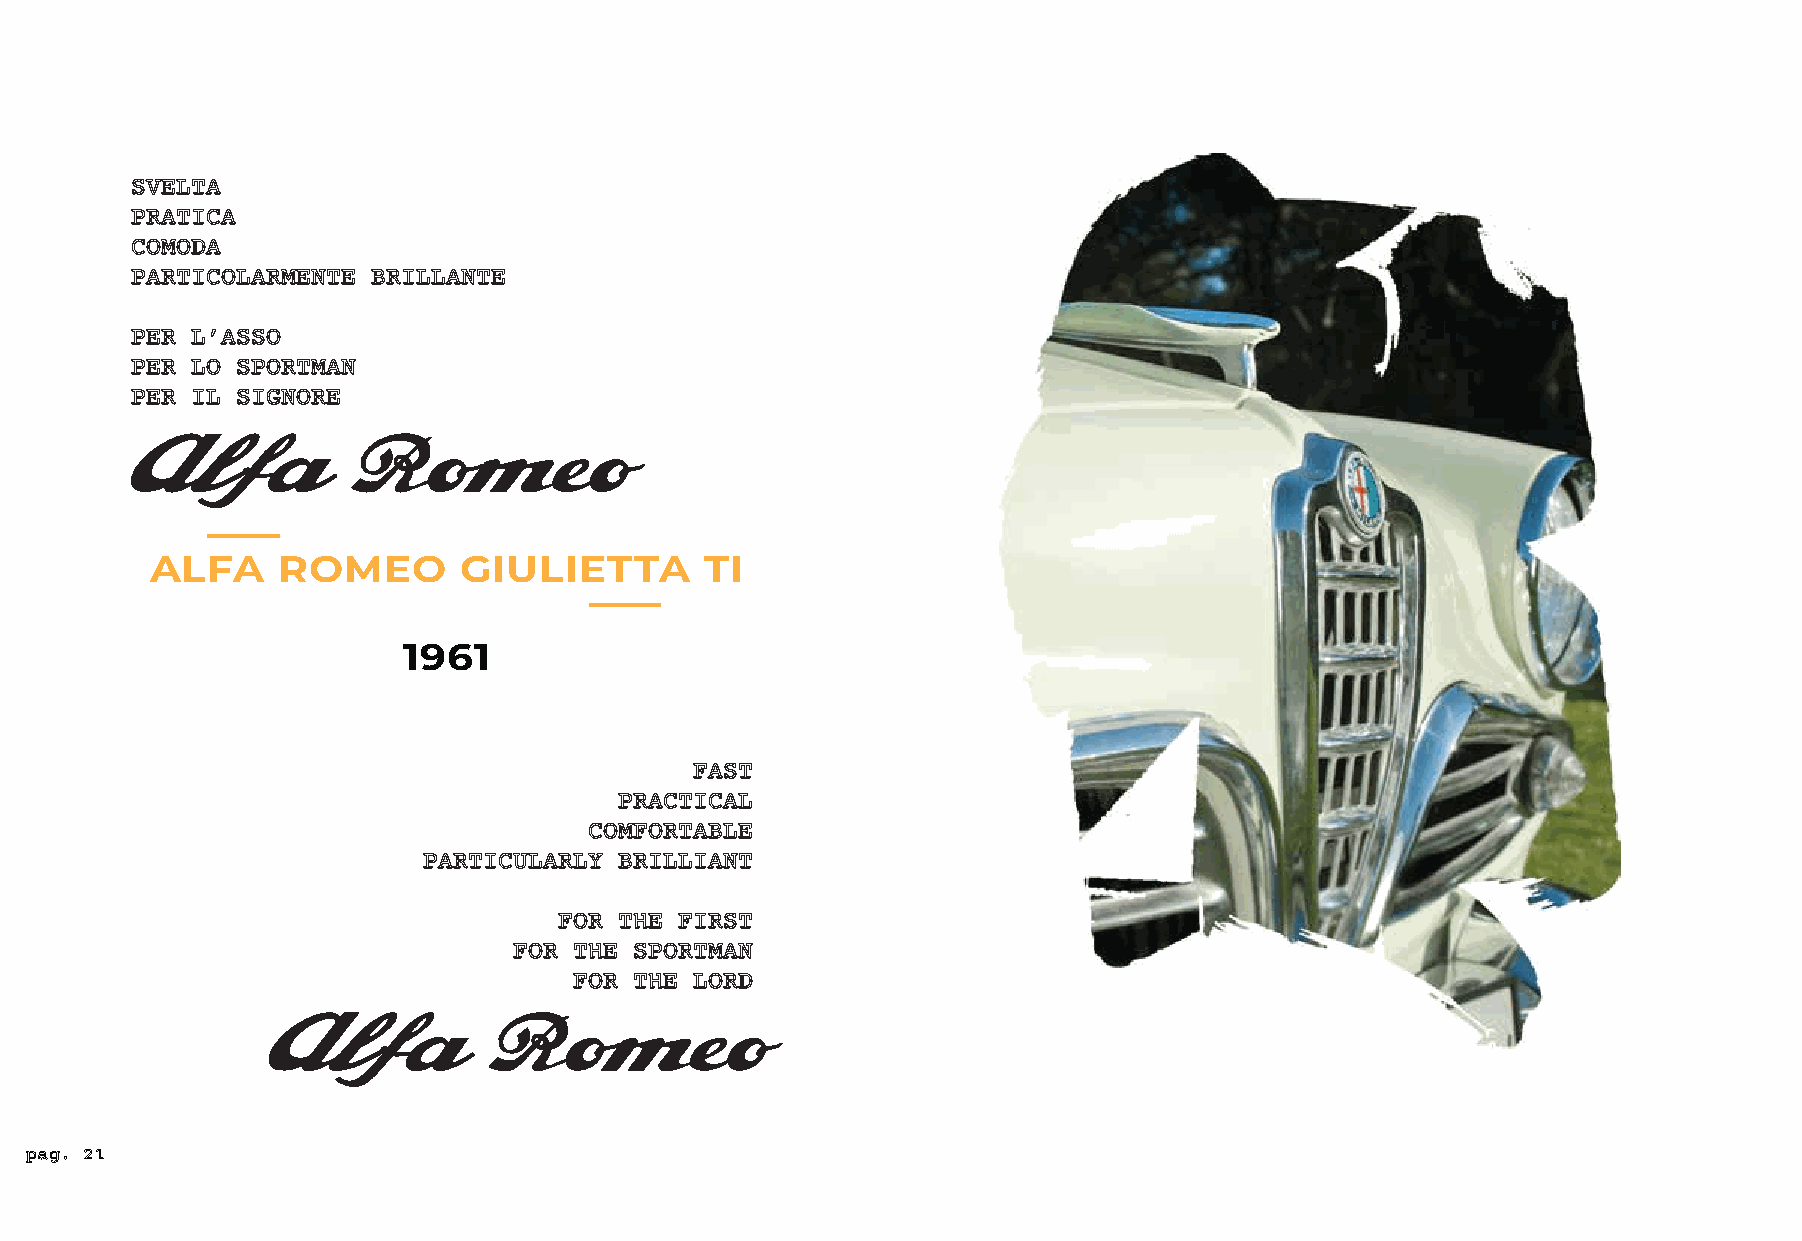
SVELTA
 PRATICA
 COMODA
 PARTICOLARMENTE BRILLANTE
 PER L’ASSO
 PER LO SPORTMAN
 PER IL SIGNORE
 Alfa          Romeo
 ALFA    ROMEO       GIULIETTA        TI
 1961
 FAST
 PRACTICAL
 COMFORTABLE
 PARTICULARLY BRILLIANT
 FOR THE FIRST
 FOR THE SPORTMAN
 FOR THE LORD
 Alfa          Romeo
 pag. 21